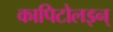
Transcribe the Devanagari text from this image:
कापिटोलइन्